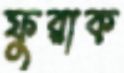
ফুরাক